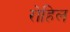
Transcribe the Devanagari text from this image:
रोहिल